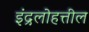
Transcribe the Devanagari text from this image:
इंद्रलोहत्तील